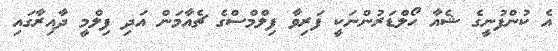
އެ ކުންފުނީގެ ޝެއާ ހޯލްޑަރުންނަކީ ފަރިވާ ފިލްމްސްގެ ޗެއާމަން އަދި ފިލްމީ ދާއިރާގައި